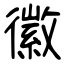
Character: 徽